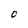
Character: O